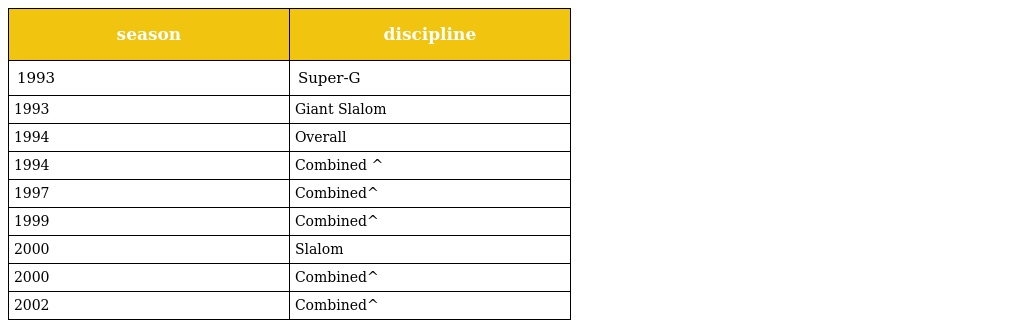
| season | discipline |
 | --- | --- |
 | 1993 | Super-G |
 | 1993 | Giant Slalom |
 | 1994 | Overall |
 | 1994 | Combined ^ |
 | 1997 | Combined^ |
 | 1999 | Combined^ |
 | 2000 | Slalom |
 | 2000 | Combined^ |
 | 2002 | Combined^ |